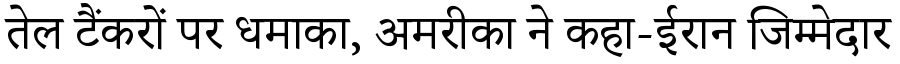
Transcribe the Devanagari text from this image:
तेल टैंकरों पर धमाका, अमरीका ने कहा-ईरान जिम्मेदार